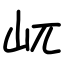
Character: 屼